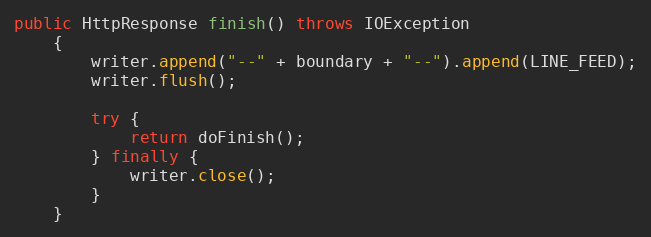
Language: Java
public HttpResponse finish() throws IOException
    {
        writer.append("--" + boundary + "--").append(LINE_FEED);
        writer.flush();

        try {
            return doFinish();
        } finally {
            writer.close();
        }
    }